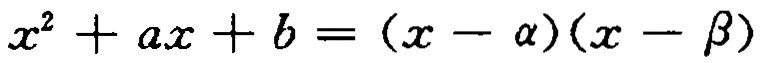
\(x^{2}+ax + b=(x - \alpha)(x - \beta)\)